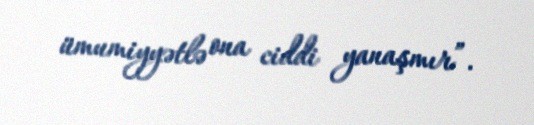
ümumiyyətlə ona ciddi yanaşmır”.